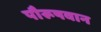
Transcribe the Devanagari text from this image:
पौरूषवान